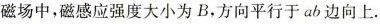
磁场中，磁感应强度大小为B，方向平行于ab边向上。